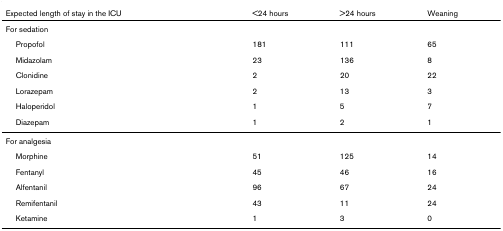
<table><thead><tr><td><b>Expected length of stay in the ICU</b></td><td><b>&lt;24 hours</b></td><td><b>&gt;24 hours</b></td><td><b>Weaning</b></td></tr></thead><tbody><tr><td colspan="4">For sedation</td></tr><tr><td> Propofol</td><td>181</td><td>111</td><td>65</td></tr><tr><td> Midazolam</td><td>23</td><td>136</td><td>8</td></tr><tr><td> Clonidine</td><td>2</td><td>20</td><td>22</td></tr><tr><td> Lorazepam</td><td>2</td><td>13</td><td>3</td></tr><tr><td> Haloperidol</td><td>1</td><td>5</td><td>7</td></tr><tr><td> Diazepam</td><td>1</td><td>2</td><td>1</td></tr><tr><td colspan="4">For analgesia</td></tr><tr><td> Morphine</td><td>51</td><td>125</td><td>14</td></tr><tr><td> Fentanyl</td><td>45</td><td>46</td><td>16</td></tr><tr><td> Alfentanil</td><td>96</td><td>67</td><td>24</td></tr><tr><td> Remifentanil</td><td>43</td><td>11</td><td>24</td></tr><tr><td> Ketamine</td><td>1</td><td>3</td><td>0</td></tr></tbody></table>